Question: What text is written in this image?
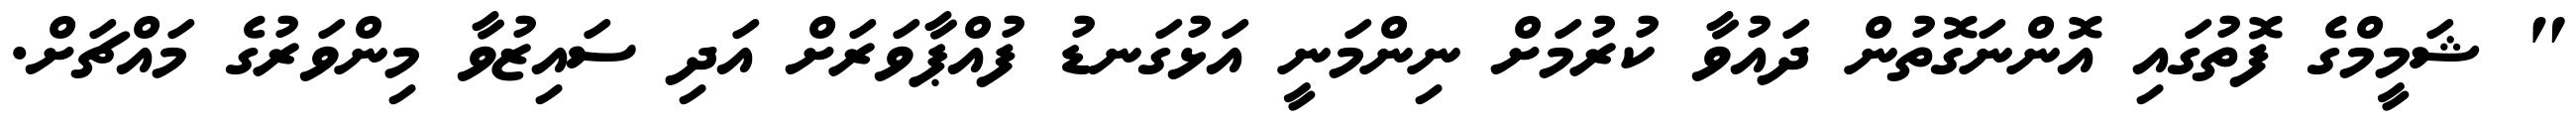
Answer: " ޝަމީމްގެ ފޮތުގައި އޮންނަގޮތުން ދައުވާ ކުރުމަށް ނިންމަނީ އަޅުގަނޑު ފުއްޕާވަރަށް އަދި ސައިޒުވާ މިންވަރުގެ މައްޗަށް.